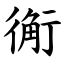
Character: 䚘